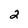
Character: 2